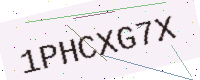
Text: 1PHCXG7X